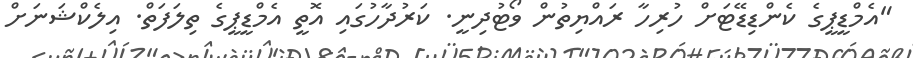
"އެމްޑީޕީގެ ކެންޑިޑޭޓަށް ހުރިހާ ރައްޔިތުން ވޯޓުދިނީ. ކަރުދާހުގައި އޮތީ އެމްޑީޕީގެ ތިލަފަތް. އިލެކްޝަނަށް